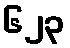
၆၂၃